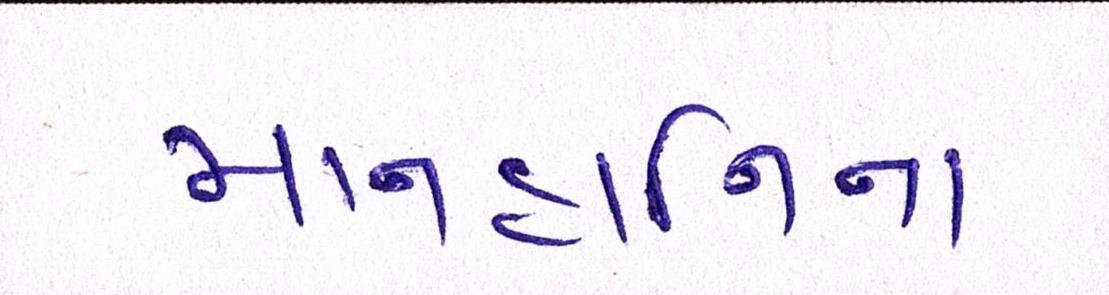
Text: માનહાનિના